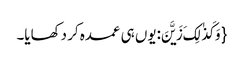
{ وَ کَذٰلِکَ زَیَّنَ:یوں ہی عمدہ کر دکھایا۔